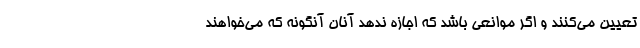
تعیین می‌کنند و اگر موانعی باشد که اجازه ندهد آنان آنگونه که می‌خواهند